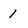
Character: 1